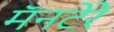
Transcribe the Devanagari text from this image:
मॅनटेरे